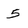
Character: 5